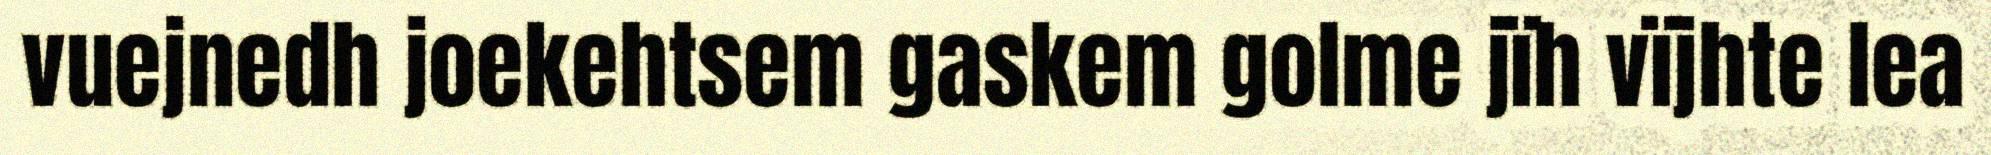
vuejnedh joekehtsem gaskem golme jïh vïjhte lea